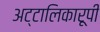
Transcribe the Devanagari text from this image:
अट्टालिकारूपी